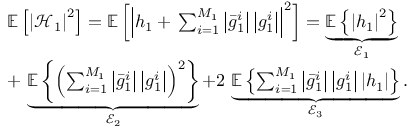
\begin{array} { r l } & { \mathbb { E } \left[ \left| \mathcal { H } _ { 1 } \right| ^ { 2 } \right] = \mathbb { E } \left[ \left| h _ { 1 } + \, \sum _ { i = 1 } ^ { M _ { 1 } } \left| \bar { g } _ { 1 } ^ { i } \right| \left| g _ { 1 } ^ { i } \right| \right| ^ { 2 } \right] = \underbrace { \mathbb { E } \left\{ { \left| h _ { 1 } \right| ^ { 2 } } \right\} } _ { \mathcal { E } _ { 1 } } } \\ & { + \, \underbrace { \mathbb { E } \left\{ { \left( \sum _ { i = 1 } ^ { M _ { 1 } } \left| \bar { g } _ { 1 } ^ { i } \right| \left| g _ { 1 } ^ { i } \right| \right) ^ { 2 } } \right\} } _ { \mathcal { E } _ { 2 } } + 2 \, \underbrace { \mathbb { E } \left\{ { \sum _ { i = 1 } ^ { M _ { 1 } } \left| \bar { g } _ { 1 } ^ { i } \right| \left| g _ { 1 } ^ { i } \right| \left| h _ { 1 } \right| } \right\} } _ { \mathcal { E } _ { 3 } } . } \end{array}